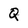
Character: Q